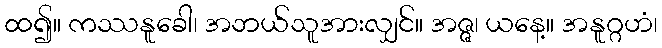
ထ၍။ ကဿနူခေါ၊ အဘယ်သူအားလျှင်။ အဇ္ဇ၊ ယနေ့။ အနူဂ္ဂဟံ၊